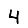
Digit: 4